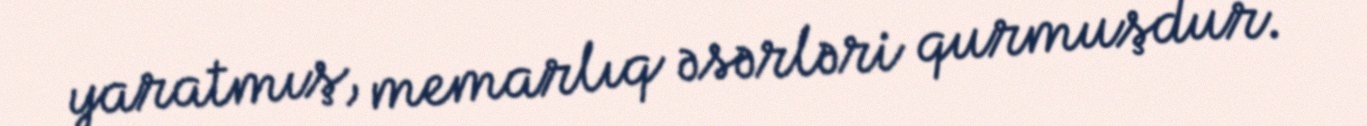
yaratmış, memarlıq əsərləri qurmuşdur.